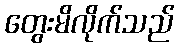
တွေးမိလိုက်သည်